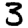
Digit: 3